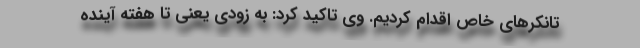
تانکرهای خاص اقدام کردیم. وی تاکید کرد: به زودی یعنی تا هفته آینده